Indian journal of veterinary science and animal husbandry - Volume 8,
Year: 1938
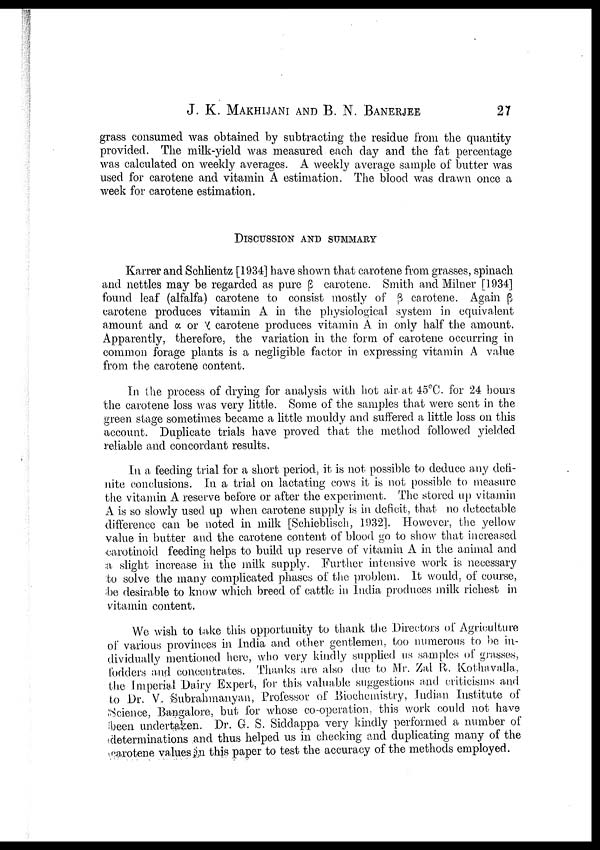
J. K. MAKHIJANI AND B. N.
BANERJEE
27
grass consumed was obtained by subtracting the residue from the quantity
provided. The milk-yield was measured each day and the fat percentage
was calculated on weekly averages. A weekly average sample of butter was
used for carotene and vitamin A estimation. The blood was drawn once a
week for carotene estimation.
DISCUSSION AND SUMMARY
Karrer and Schlientz [1934] have shown that carotene from grasses, spinach
and nettles may be regarded as pure β carotene. Smith and Milner [1934]
found leaf (alfalfa) carotene to consist mostly of β carotene. Again β
carotene produces vitamin A in the physiological system in equivalent
amount and α or γ carotene produces vitamin A in only half the amount.
Apparently, therefore, the variation in the form of carotene occurring in
common forage plants is a negligible factor in expressing vitamin A value
from the carotene content.
In the process of drying for analysis with hot air at 45°C. for 24 hours
the carotene loss was very little. Some of the samples that were sent in the
green stage sometimes became a little mouldy and suffered a little loss on this
account. Duplicate trials have proved that the method followed yielded
reliable and concordant results.
In a feeding trial for a short period, it is not possible to deduce any defi
nite conclusions. In a trial on lactating cows it is not possible to measure
the vitamin A reserve before or after the experiment. The stored up vitamin
A is so slowly used up when carotene supply is in deficit, that no detectable
difference can be noted in milk [Schieblisch, 1932]. However, the yellow
value in butter and the carotene content of blood go to show that increased
carotinoid feeding helps to build up reserve of vitamin A in the animal and
a slight increase in the milk supply. Further intensive work is necessary
to solve the many complicated phases of the problem. It would, of course,
be desirable to know which breed of cattle in India produces milk richest in
vitamin content.
We wish to take this opportunity to thank the Directors of Agriculture
of various provinces in India and other gentlemen, too numerous to be in
dividually mentioned here, who very kindly supplied us samples of grasses,
fodders and concentrates. Thanks are also due to Mr. Zal R. Kothavalla,
the imperial Dairy Expert, for this valuable suggestions and criticisms and
to Dr. V. Subrahmanyan, Professor of Biochemistry, Indian Institute of
Science, Bangalore, but for whose co-operation, this work could not have
been undertaken. Dr. G. S. Siddappa very kindly performed a number of
determinations and thus helped us in checking and duplicating many of the
carotene values in this paper to test the accuracy of the methods employed.